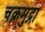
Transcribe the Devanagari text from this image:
चक्रमुद्रा